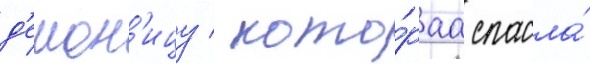
д'емон'ицу / кото́раа спасла́